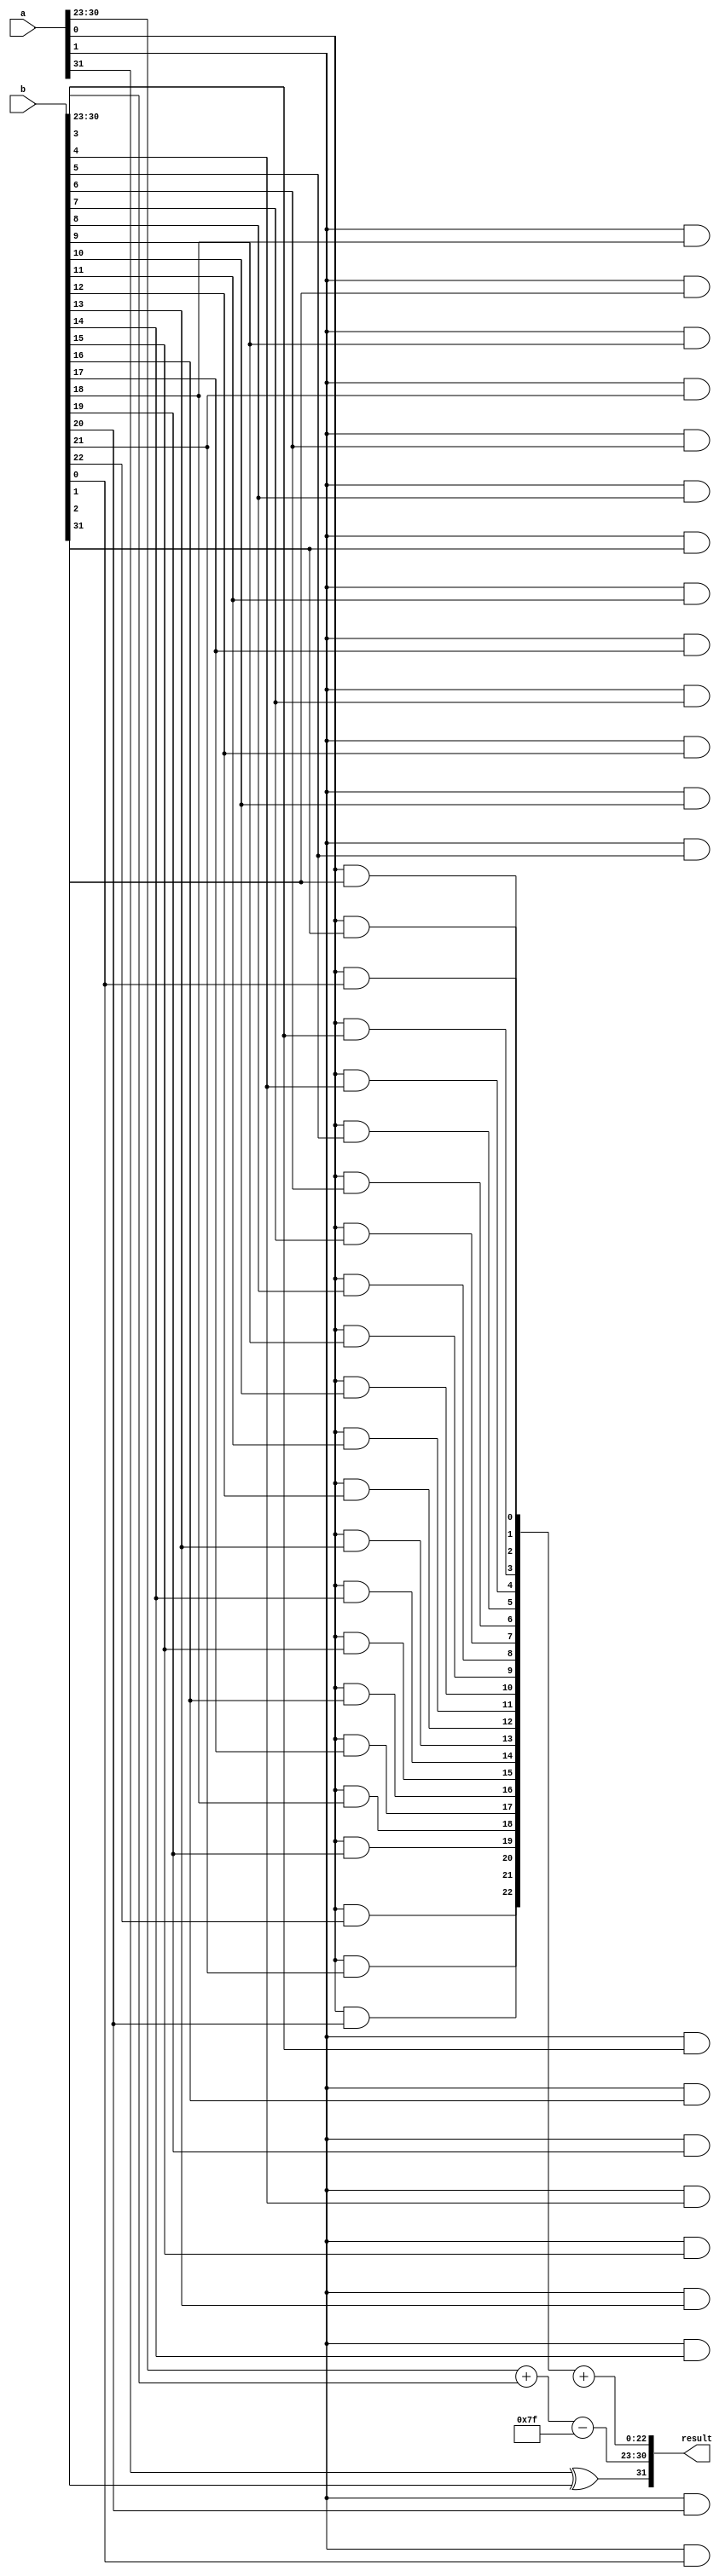
module floating_point_wallace_tree_multiplier (
    input [31:0] a, // First floating-point number
    input [31:0] b, // Second floating-point number
    output reg [31:0] result // Resulting floating-point number
);

    // Extract components
    wire sign_a = a[31];
    wire sign_b = b[31];
    wire [7:0] exp_a = a[30:23];
    wire [7:0] exp_b = b[30:23];
    wire [22:0] sig_a = {1'b1, a[22:0]}; // Implicit leading 1
    wire [22:0] sig_b = {1'b1, b[22:0]}; // Implicit leading 1

    // Sign calculation
    wire sign_result = sign_a ^ sign_b;

    // Exponent calculation
    wire [8:0] exp_sum = {1'b0, exp_a} + {1'b0, exp_b} - 8'd127; // Adjust for bias

    // Partial product generation
    wire [45:0] partial_product [0:22]; // 23 significand bits, max 46 bits for product
    genvar i, j;
    generate
        for (i = 0; i < 23; i = i + 1) begin : generate_partial_products
            for (j = 0; j < 23; j = j + 1) begin : generate_partial_bits
                assign partial_product[i][i+j] = sig_a[i] & sig_b[j]; // AND operation for partial products
            end
        end
    endgenerate

    // Wallace tree reduction
    wire [46:0] sum [0:22]; // Intermediate sums
    wire [22:0] carry; // Carry bits
    // This part will require a more complex structure to implement the Wallace tree
    // For simplicity, we will just sum the first few rows and carry them forward
    // You will need to implement the full Wallace tree logic here

    // Example of a simple reduction (not full Wallace tree)
    assign sum[0] = {1'b0, partial_product[0]} + {1'b0, partial_product[1]};
    assign carry[0] = sum[0][46]; // Example carry

    // Normalization (simplified)
    // This part will require shifting and adjusting exponent
    // For now, we will just assign the sum to the result
    // You will need to implement the normalization and rounding logic

    always @(*) begin
        result[31] = sign_result; // Set sign bit
        result[30:23] = exp_sum[7:0]; // Set exponent
        result[22:0] = sum[0][22:0]; // Set significand (not normalized)
    end

endmodule